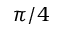
\pi / 4